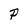
Character: P